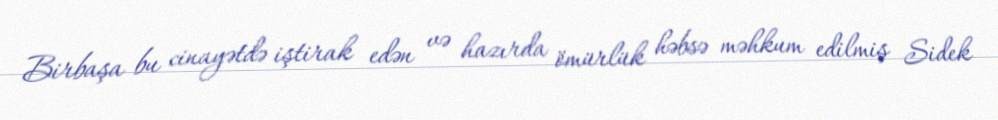
Birbaşa bu cinayətdə iştirak edən və hazırda ömürlük həbsə məhkum edilmiş Sidek